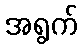
အရွက်